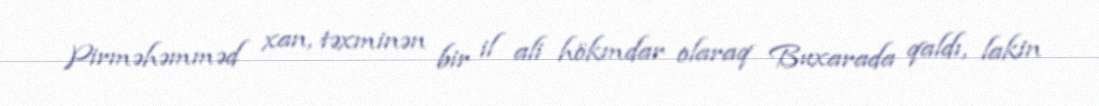
Pirməhəmməd xan, təxminən bir il ali hökmdar olaraq Buxarada qaldı, lakin